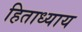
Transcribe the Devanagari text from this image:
हिताध्याय